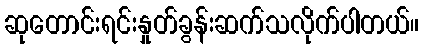
ဆုတောင်းရင်းနှုတ်ခွန်းဆက်သလိုက်ပါတယ်။